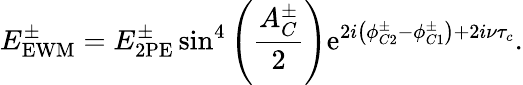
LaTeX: E_{\mathrm{EWM}}^{\pm}=E_{\mathrm{2PE}}^{\pm}\sin^{4}\left(\frac{A_{C}^{\pm}}{2}\right)\mathrm{e}^{2i\left(\phi_{C2}^{\pm}-\phi_{C1}^{\pm}\right)+2i\nu\tau_{c}}.